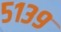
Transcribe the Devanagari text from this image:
५१३९